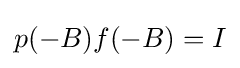
p(-B)f(-B)=I